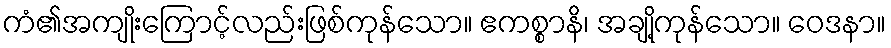
ကံ၏အကျိုးကြောင့်လည်းဖြစ်ကုန်သော။ ဧကစ္စာနိ၊ အချို့ကုန်သော။ ဝေဒနာ။